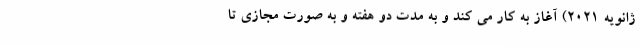
ژانویه 2021) آغاز به کار می کند و به مدت دو هفته و به صورت مجازی تا